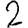
Digit: 2